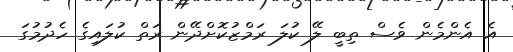
އެ އެންމެން ވެސް ތިބީ ލޭ ކުލަ ރަމްޒުކޮށްދޭން ރަތް ކުލައިގެ ހެދުމުގަ